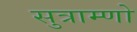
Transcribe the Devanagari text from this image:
सुत्राम्णो